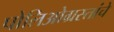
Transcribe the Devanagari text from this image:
पोलिओग्रस्तांचे